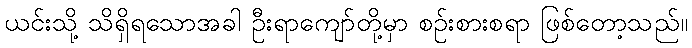
ယင်းသို့ သိရှိရသောအခါ ဦးရာကျော်တို့မှာ စဉ်းစားစရာ ဖြစ်တော့သည်။